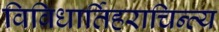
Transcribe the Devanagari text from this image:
विविधार्तिहराचिन्त्य